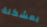
بمشكلة